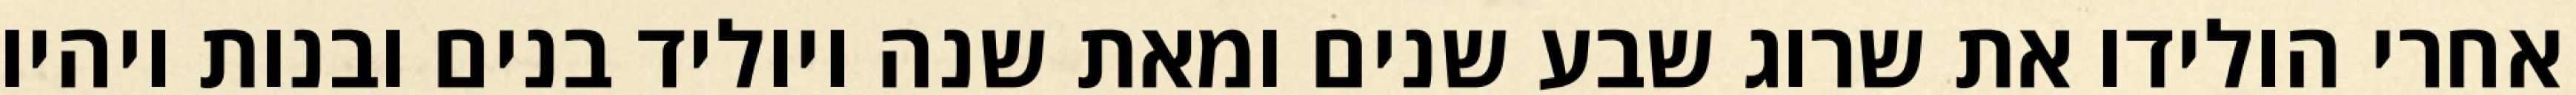
אחרי הולידו את שרוג שבע שנים ומאת שנה ויוליד בנים ובנות ויהיו